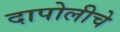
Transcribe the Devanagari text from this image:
दापोलीचे